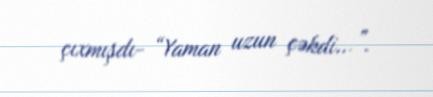
çıxmışdı- “Yaman uzun çəkdi...”.